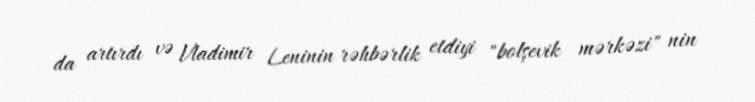
da artırdı və Vladimir Leninin rəhbərlik etdiyi "bolşevik mərkəzi" nin